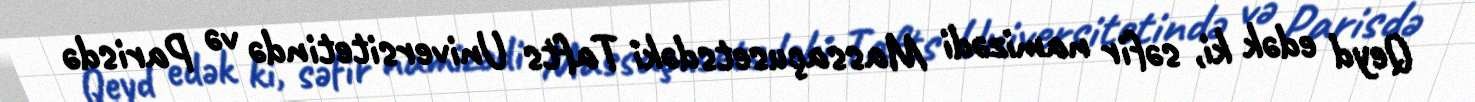
Qeyd edək ki, səfir namizədi Massaçusetsdəki Tafts Universitetində və Parisdə